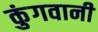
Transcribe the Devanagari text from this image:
कुंगवानी